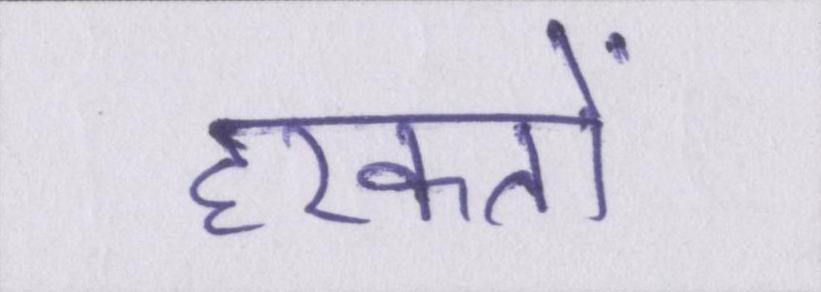
हरकतों